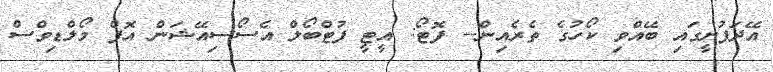
އޭދަފުށީގައި ބޭއްވި ކޯހުގެ ތެރެއިން-- ފޮޓޯ: އީޓީ ފުޓްބޯލް އެސޯސިއޭޝަން އޮފް މޯލްޑިވްސް